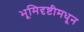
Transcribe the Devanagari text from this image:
भूमिदृष्टीमधून